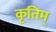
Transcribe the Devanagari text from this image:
कृतिम्